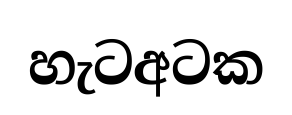
හැටඅටක